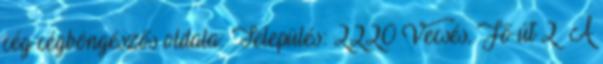
cég cégböngészős oldala: Település: 2220 Vecsés, Fő út 2 A